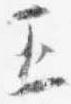
五